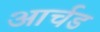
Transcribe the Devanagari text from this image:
आर्चड